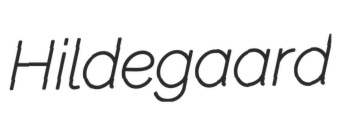
Hildegaard